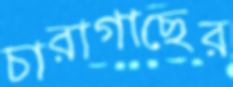
চারাগাছের